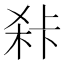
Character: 𭪍